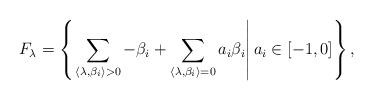
LaTeX: \begin{align*}F_\lambda = \left\{ \left. \sum_{\langle \lambda, \beta_i\rangle > 0} -\beta_i + \sum_{\langle \lambda, \beta_i\rangle = 0} a_i \beta_i \right| a_i \in [-1,0] \right\},\end{align*}